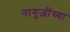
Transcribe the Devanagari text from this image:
नागुजींच्या